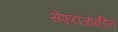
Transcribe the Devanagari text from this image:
सेफ़्टाज़ाइडिन